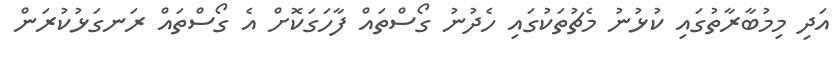
އަދި މިމުބާރާތުގައި ކުޅުނު މެޗުތަކުގައި ހެދުނު ގޯސްތައް ފާހަގަކޮށް އެ ގޯސްތައް ރަނގަޅުކުރަން